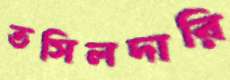
তসিলদারি